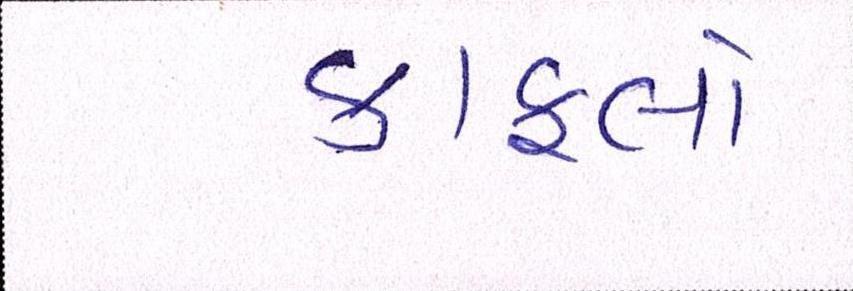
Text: કાફલો